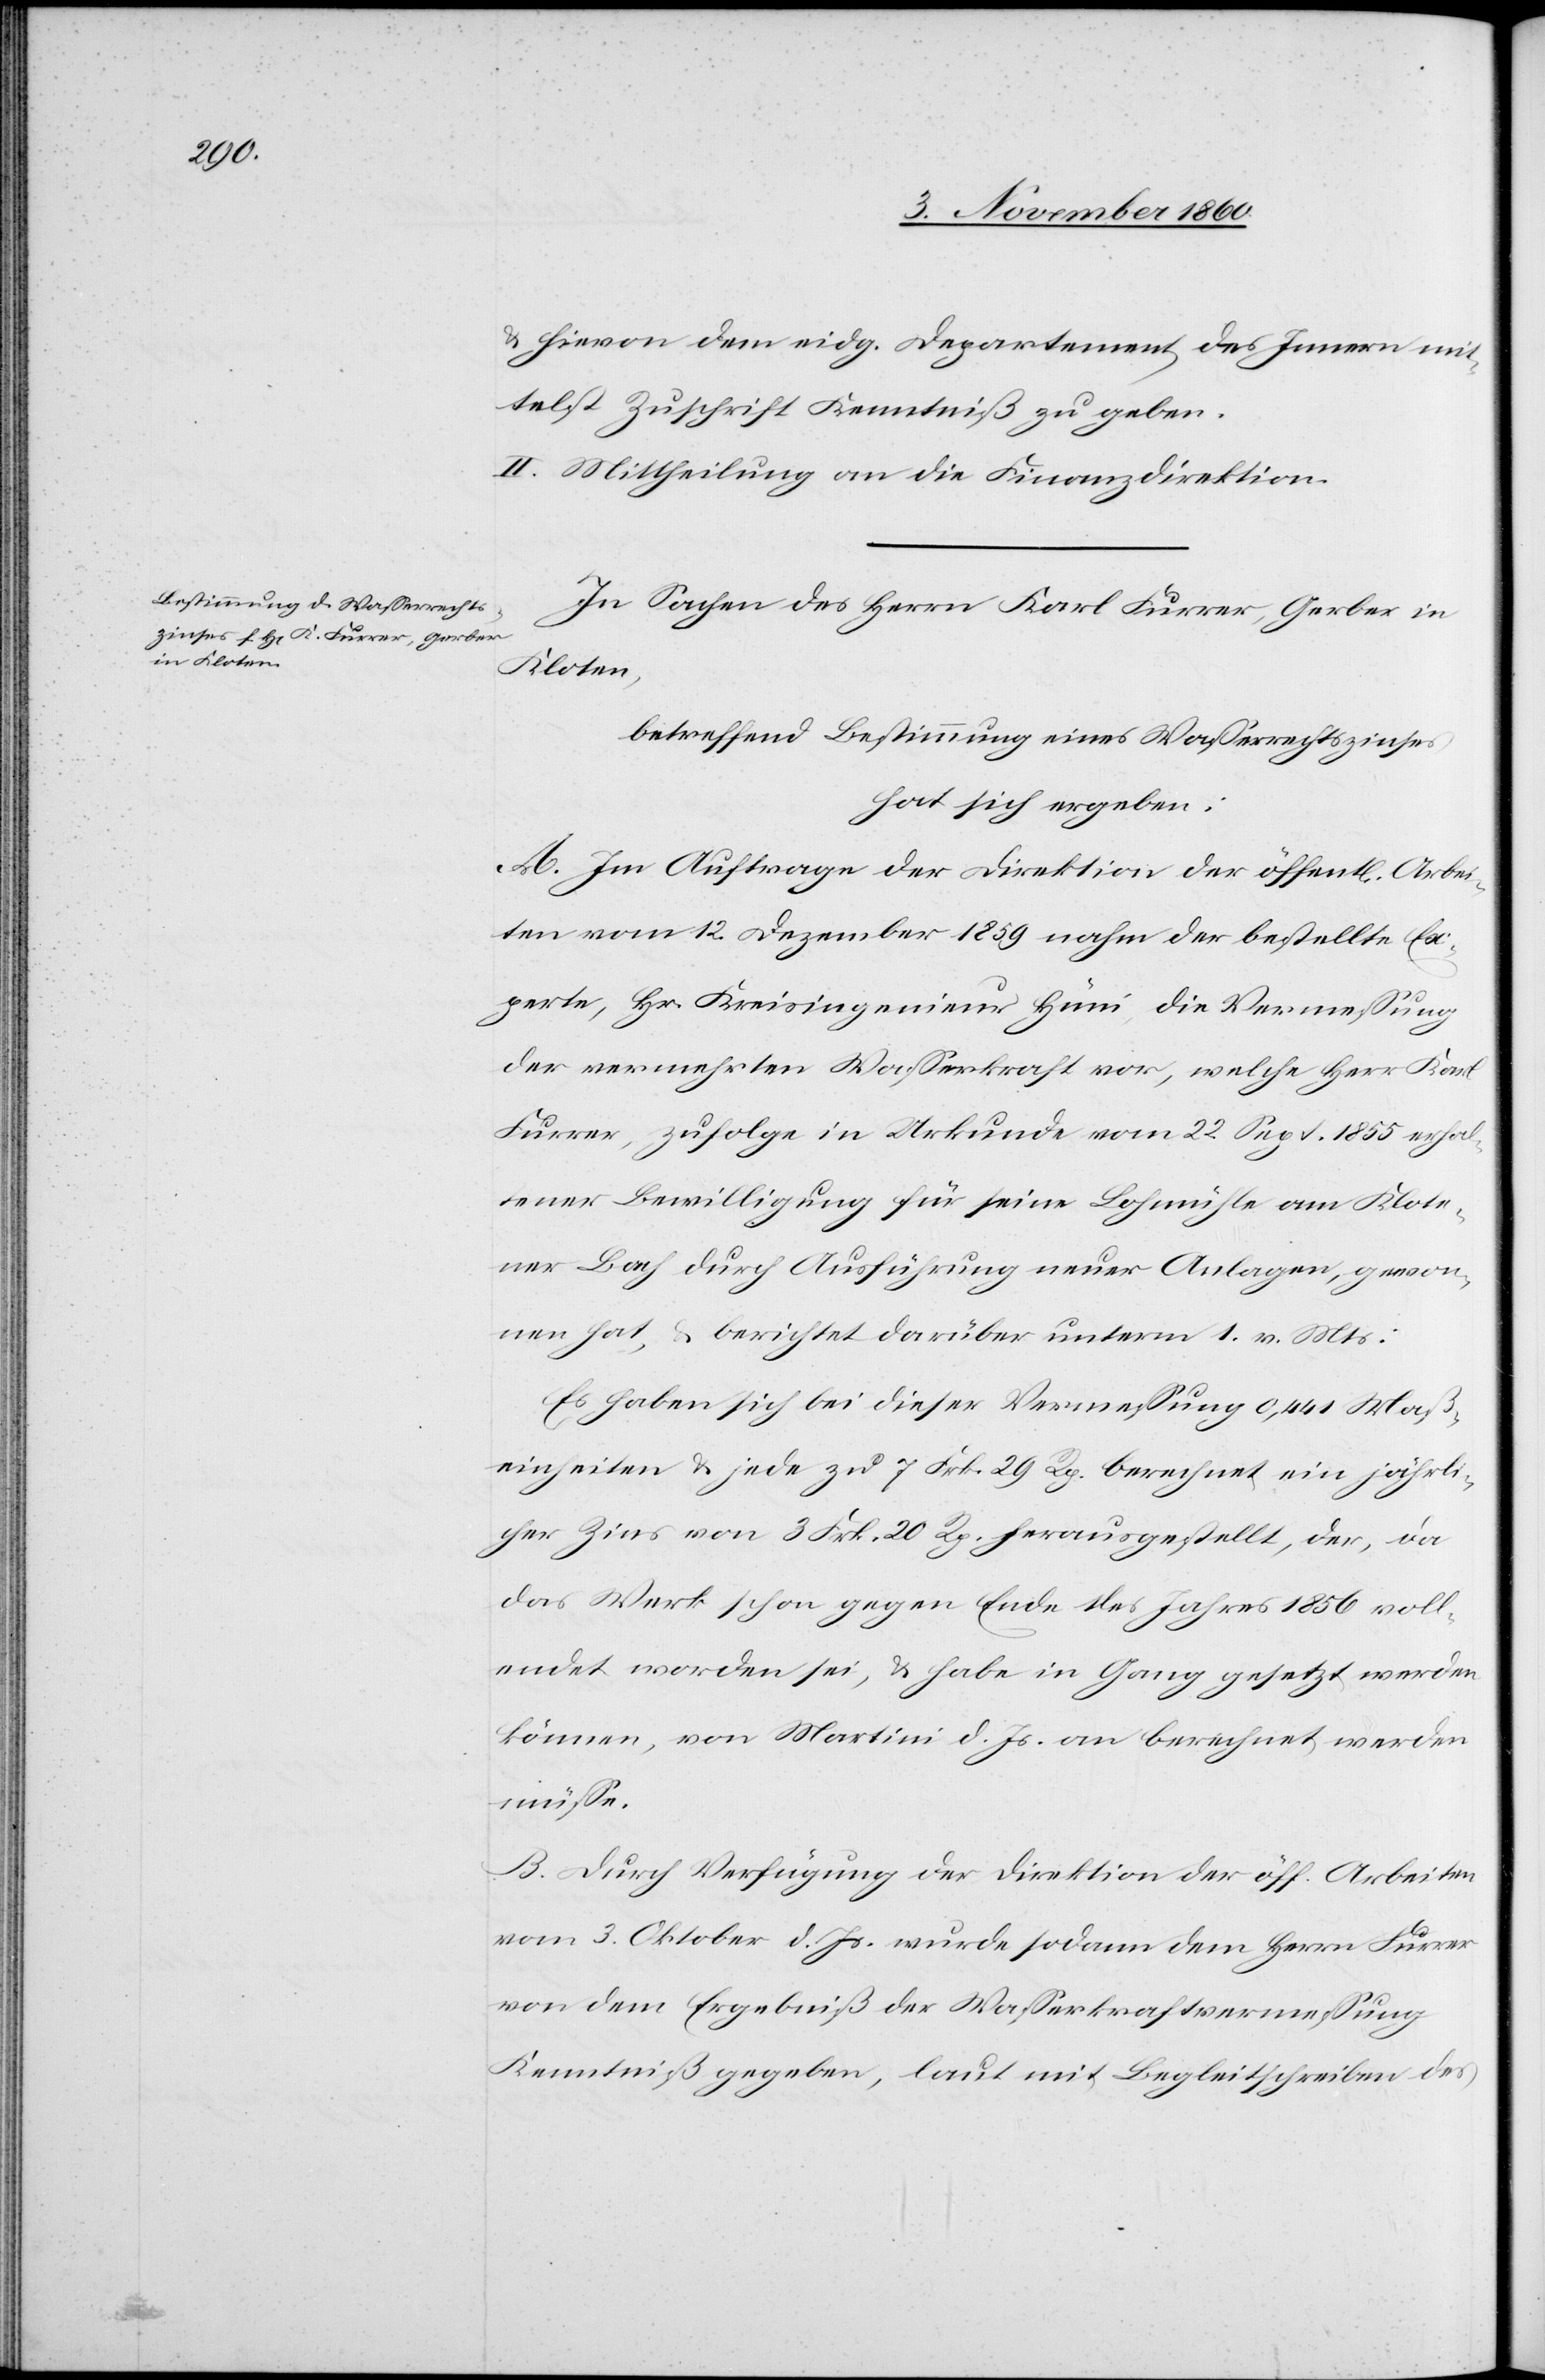
u. hievon dem eidg. Departement des Innern mit¬
telst Zuschrift Kenntniß zu geben.
II. Mittheilung an die Finanzdirektion.
In Sachen des Herrn Karl Furrer, Gerber in
Kloten,
betreffend Bestimmung eines Wasserrechtszinses
hat sich ergeben:
A. Im Auftrage der Direktion der öffentl. Arbei¬
ten vom 12. Dezember 1859 nahm der bestellte Ex¬
perte, Hr. Kreisingenieur Hüni, die Vermessung
der vermehrten Wasserkraft vor, welche Herr Karl
Furrer, zufolge in Urkunde vom 22. Sept. 1855 erhal¬
tener Bewilligung für seine Lochmühle am Klote¬
ner Bach durch Ausführung neuer Anlagen, gewon¬
nen hat, u. berichtet darüber unterm 1. v. Mts.:
Es haben sich bei dieser Vermessung 0,441 Maß¬
einheiten u. jede zu 7 Frk. 29 Rp. berechnet ein jährli¬
cher Zins von 3 Frk. 20 Rp. herausgestellt, der, da
das Werk schon gegen Ende des Jahres 1856 voll¬
endet worden sei, u. habe in Gang gesetzt werden
können, von Martini d. Js. an berechnet werden
müssen.
B. Durch Verfügung der Direktion der öff. Arbeiten
vom 3. Oktober d. Js. wurde sodann dem Herrn Furrer
von dem Ergebniß der Wasserkraftvermessung
Kenntniß gegeben, laut mit Begleitschreiben des